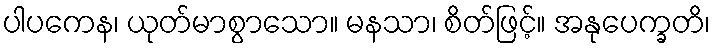
ပါပကေန၊ ယုတ်မာစွာသော။ မနသာ၊ စိတ်ဖြင့်။ အနုပေက္ခတိ၊